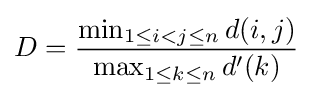
D={\frac {\min _{1\leq i<j\leq n}d(i,j)}{\max _{1\leq k\leq n}d^{\prime }(k)}}